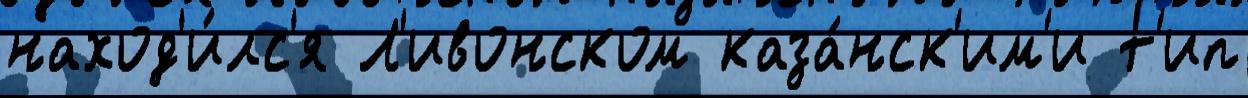
наход'и́лс'я Л'ивонском каза́нск'им'и т'ип